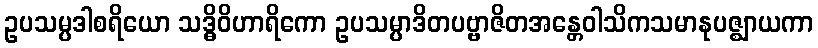
ဥပသမ္ပဒါစရိယော သဒ္ဓိဝိဟာရိကော ဥပသမ္ပာဒိတပဗ္ဗာဇိတအန္တေဝါသိကသမာနုပဇ္ဈာယကာ